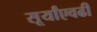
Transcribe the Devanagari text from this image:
सूर्यांएवढी